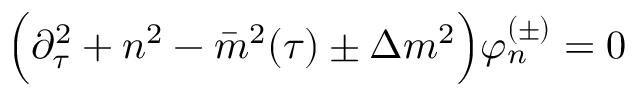
\Big ( \partial _ { \tau } ^ { 2 } + n ^ { 2 } - \bar { m } ^ { 2 } ( \tau ) \pm \Delta m ^ { 2 } \Big ) \varphi _ { n } ^ { ( \pm ) } = 0